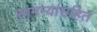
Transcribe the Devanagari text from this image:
सामन्यांसहित